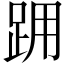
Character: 𨀍